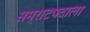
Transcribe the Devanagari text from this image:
सम्राटपदाला